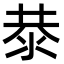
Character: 㳟